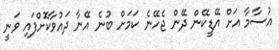
އުސާމާ އަށް އޭޑީކޭން ދޭން ޖެހޭނެ ކަމަށް ބުނެ އޭނާ ދައުވާކޮށްފައި ވަނީ